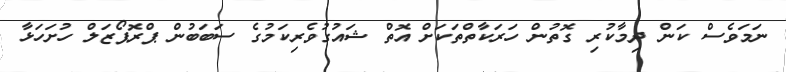
ނަމަވެސް ކަން ދިމާކުރި ގޮތުން ހަރަކާތްތަަކަށް އޮތް ޝައުގުވެރިކަމުގެ ސަބަބުން ޕްރޮޕޯޒަލް ހުށަހަޅާ